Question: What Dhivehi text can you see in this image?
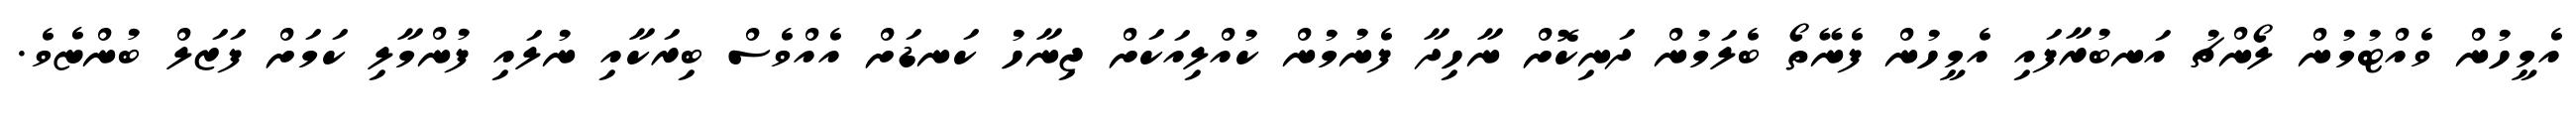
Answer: އެމީހުން ވެއްޓުމުން ލޯންޗު އަނބުރާފައި އެމީހުން ފެނޭތޯ ބެލަމުން ދަނިކޮށް ނާހިދާ ފެނުމުން ކުއްލިއަކަށް ޖިނާހު ކަނޑަށް އެއްވެސް ބިރަކާއި ނުލައި ފުންމާލި ކަމަށް ފަޒަލް ބުންޏެވެ.